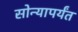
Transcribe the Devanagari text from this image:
सोन्यापर्यंत